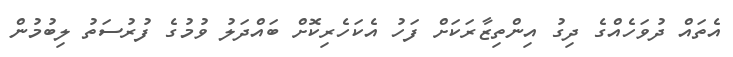
އެތައް ދުވަހެއްގެ ދިގު އިންތިޒާރަކަށް ފަހު އެކަހެރިކޮށް ބައްދަލު ވުމުގެ ފުރުސަތު ލިބުމުން